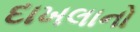
દાખલાનો